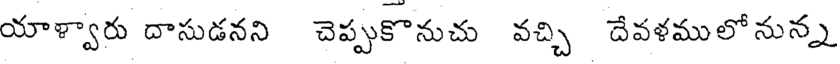
యాళ్వారు దాసుడనని చెప్పుకొనుచు వచ్చి దేవళములోనున్న